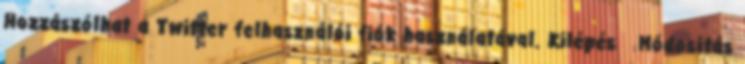
Hozzászólhat a Twitter felhasználói fiók használatával. Kilépés Módosítás